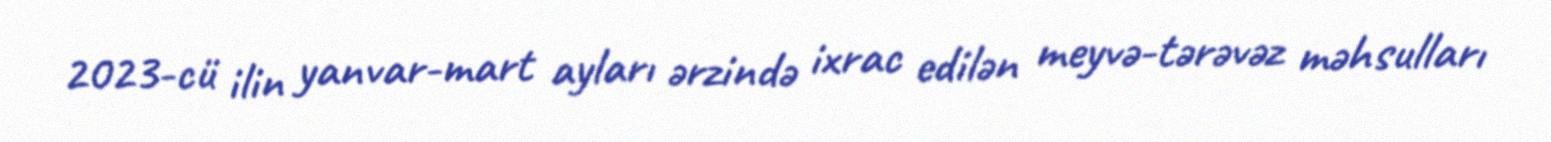
2023-cü ilin yanvar-mart ayları ərzində ixrac edilən meyvə-tərəvəz məhsulları